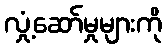
လှုံ့ဆော်မှုများကို